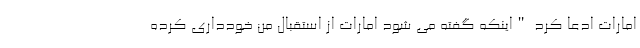
امارات ادعا کرد "اینکه گفته می شود امارات از استقبال من خودداری کرده